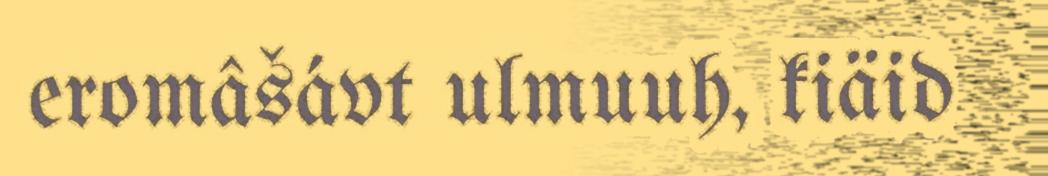
eromâšávt ulmuuh, kiäid